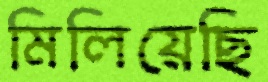
মিলিয়েছি